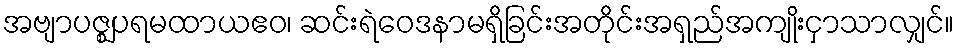
အဗျာပဇ္ဈပရမထာယဧဝ၊ ဆင်းရဲဝေဒနာမရှိခြင်းအတိုင်းအရှည်အကျိုးငှာသာလျှင်။